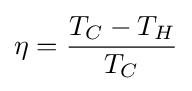
\eta ={\frac {T_{C}-T_{H}}{T_{C}}}